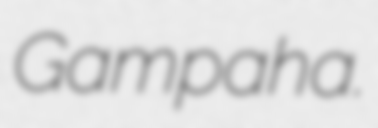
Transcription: Gampaha.